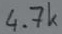
Text: 4.7k